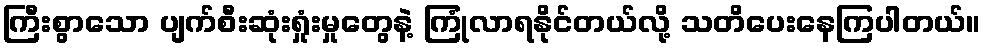
ကြီးစွာသော ပျက်စီးဆုံးရှုံးမှုတွေနဲ့ ကြုံလာရနိုင်တယ်လို့ သတိပေးနေကြပါတယ်။